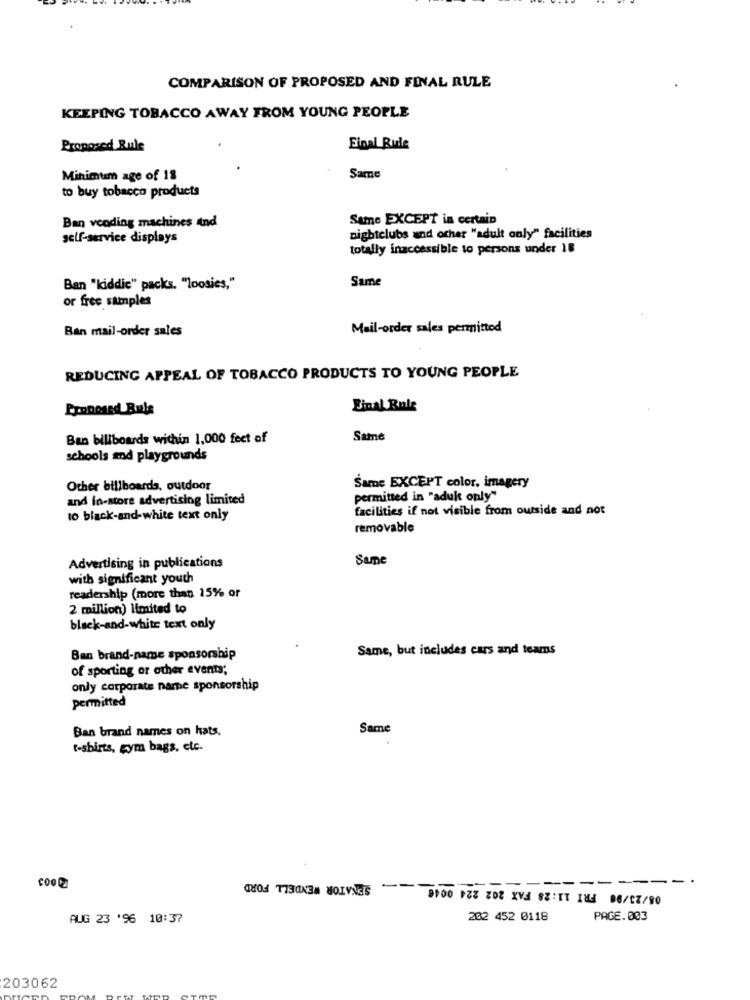
COMPARISON OF PROPOSED AND FINAL RULE
KEEPING TOBACCO AWAY FROM YOUNG PEOPLE
Proposed Rule
Final Rule
Minimum age of 18
Same
to buy tobacco products
Same EXCEPT in certain
Ban vending machines and
self-service displays
nightclubs and other "adult only" facilities
totally inaccessible to persons under 18
Same
Ban "kiddic" packs. "loosies,"
or free samples
Ban mail-order sales
Mail-order sales permitted
REDUCING APPEAL OF TOBACCO PRODUCTS TO YOUNG PEOPLE
Proposed Bula
Final Rule
Ban billboards within 1,000 feet of
Same
schools and playgrounds
Other billboards, outdoor
Same EXCEPT color, imagery
and in-store advertising limited
permitted in "adult only"
facilities if not visible from outside and not
to black-and-white text only
removable
Advertising in publications
Same
with significant youth
readership (more than 15% or
2 million) limited to
black-and-white text only
Same, but includes cars and teams
Ban brand-name sponsorship
of sporting or other events;
only corporate nare sponsorship
permitted
Ban brand names on hats.
Same
t-shirts, gym bags, etc.
SENATOR WENDELL FORD
08/23/90 FRI 11:28 FAX 202 224 004€
AUG 23 '96 10:37
202 452 0118
PAGE. 003
203062